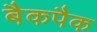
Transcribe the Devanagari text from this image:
बैकपैक